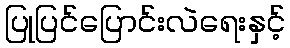
ပြုပြင်ပြောင်းလဲရေးနှင့်